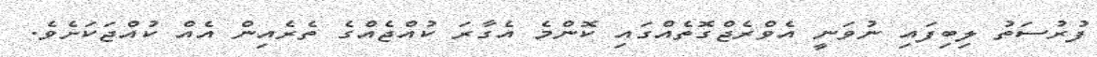
ފުރުސަތު ލިބިފައި ނުވަނީ އެވްރެޖްގޮތެއްގައި ކޮންމެ އެގާރަ ކުއްޖެއްގެ ތެރެއިން އެއް ކުއްޖަކަށެވެ.